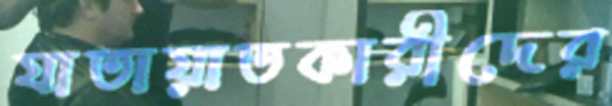
যাতায়াতকারীদের